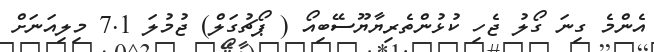
އެންމެ ގިނަ ގޯލު ޖެހި ކުޅުންތެރިޔާޔޫސޭބިއޯ ( ޕޯޗުގަލް) ޖުމުލަ 7.1 މިލިއަނަށް